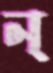
ন্